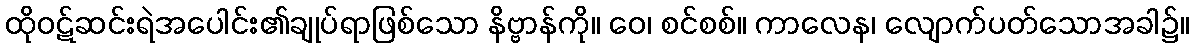
ထိုဝဋ်ဆင်းရဲအပေါင်း၏ချုပ်ရာဖြစ်သော နိဗ္ဗာန်ကို။ ဝေ၊ စင်စစ်။ ကာလေန၊ လျောက်ပတ်သောအခါ၌။